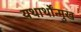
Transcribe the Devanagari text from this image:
यथार्थोंन्मुख